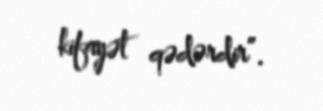
kifayət qədərdir”.